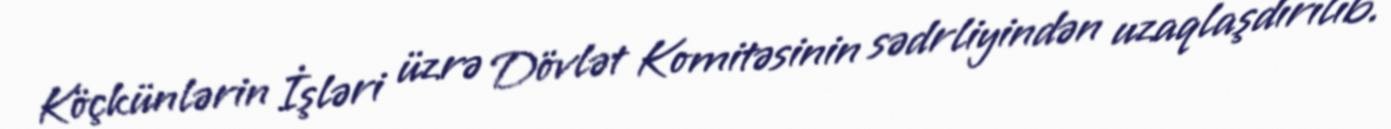
Köçkünlərin İşləri üzrə Dövlət Komitəsinin sədrliyindən uzaqlaşdırılıb.